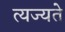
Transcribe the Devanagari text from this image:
त्यज्यते